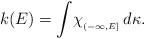
LaTeX: \begin{align*}k(E) = \int \! \chi_{_{(-\infty,E]}} \, d\kappa.\end{align*}